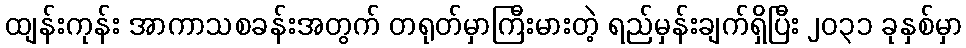
ထျန်းကုန်း အာကာသစခန်းအတွက် တရုတ်မှာကြီးမားတဲ့ ရည်မှန်းချက်ရှိပြီး ၂၀၃၁ ခုနှစ်မှာ